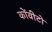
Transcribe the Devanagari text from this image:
कोंवीटो